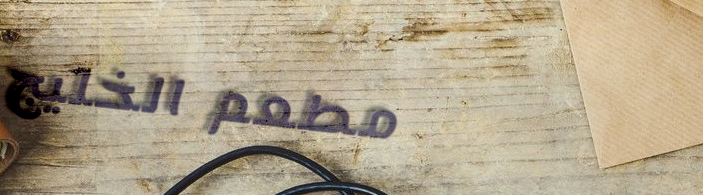
مطعم الخليج